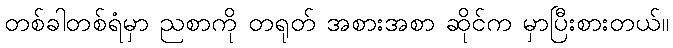
တစ်ခါတစ်ရံမှာ ညစာကို တရုတ် အစားအစာ ဆိုင်က မှာပြီးစားတယ်။